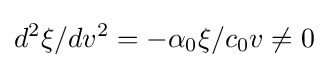
d^{2}\xi /dv^{2}=-\alpha _{0}\xi /c_{0}v\neq 0